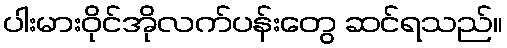
ပါးမားဝိုင်အိုလက်ပန်းတွေ ဆင်ရသည်။